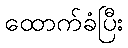
ထောက်ခံပြီး